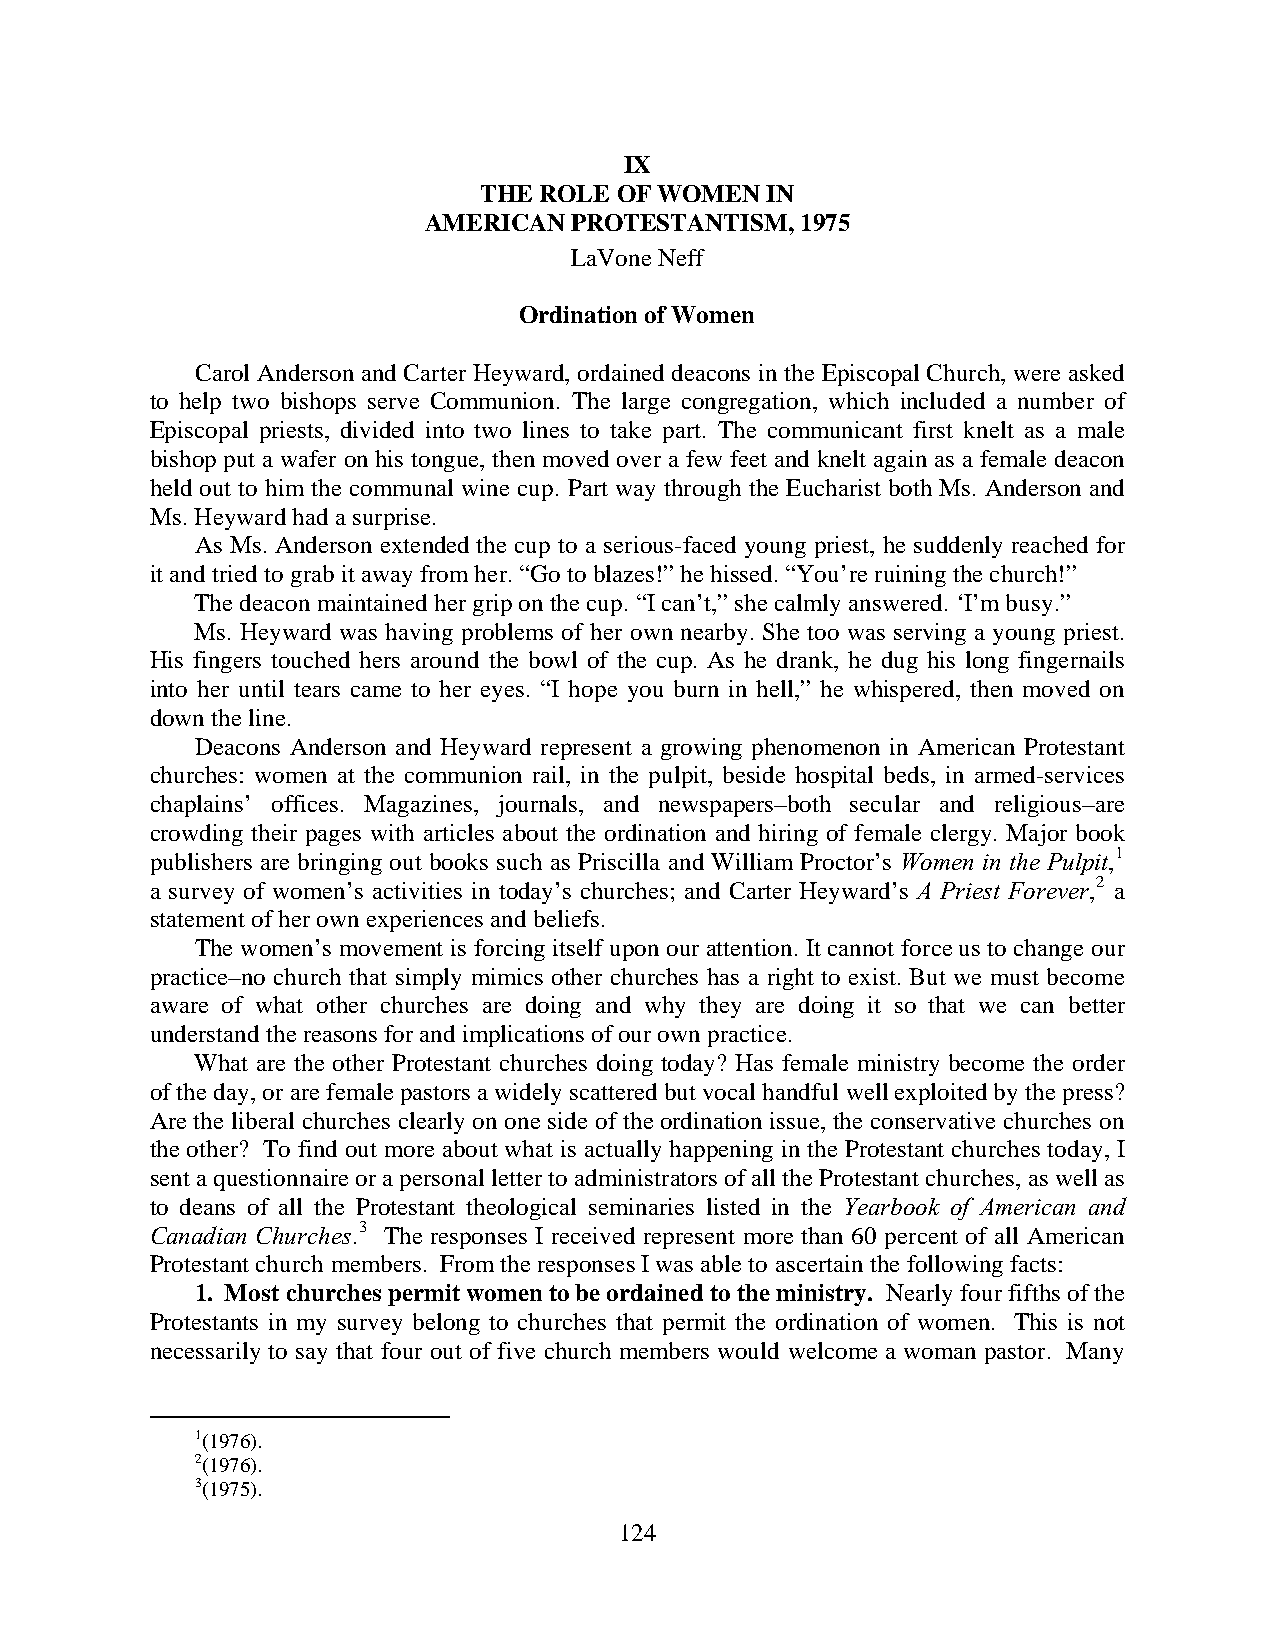
IX
 THE ROLE OF WOMEN  IN
 AMERICAN  PROTESTANTISM, 1975
 LaVone Neff
 Ordination of Women
 Carol Anderson and Carter Heyward, ordained deacons in the Episcopal Church, were asked
 to help two bishops serve Communion. The large congregation, which included a number of
 Episcopal priests, divided into two lines to take part. The communicant first knelt as a male
 bishop put a wafer on his tongue, then moved over a few feet and knelt again as a female deacon
 held out to him the communal wine cup. Part way through the Eucharist both Ms. Anderson and
 Ms. Heyward had a surprise.
 As Ms. Anderson extended the cup to a serious-faced young priest, he suddenly reached for
 it and tried to grab it away from her. “Go to blazes!” he hissed. “You’re ruining the church!”
 The deacon maintained her grip on the cup. “I can’t,” she calmly answered. ‘I’m busy.”
 Ms. Heyward was having problems of her own nearby. She too was serving a young priest.
 His fingers touched hers around the bowl of the cup. As he drank, he dug his long fingernails
 into her until tears came to her eyes. “I hope you burn in hell,” he whispered, then moved on
 down the line.
 Deacons Anderson and Heyward represent a growing phenomenon in American Protestant
 churches: women at the communion rail, in the pulpit, beside hospital beds, in armed-services
 chaplains’ offices. Magazines, journals, and newspapers–both secular and religious–are
 crowding their pages with articles about the ordination and hiring of female clergy. Major book
 publishers are bringing out books such as Priscilla and William Proctor’s Women in the Pulpit,1
 a survey of women’s activities in today’s churches; and Carter Heyward’s A Priest Forever,2 a
 statement of her own experiences and beliefs.
 The women’s movement is forcing itself upon our attention. It cannot force us to change our
 practice–no church that simply mimics other churches has a right to exist. But we must become
 aware of what other churches are doing and why they are doing it so that we can better
 understand the reasons for and implications of our own practice.
 What are the other Protestant churches doing today? Has female ministry become the order
 of the day, or are female pastors a widely scattered but vocal handful well exploited by the press?
 Are the liberal churches clearly on one side of the ordination issue, the conservative churches on
 the other? To find out more about what is actually happening in the Protestant churches today, I
 sent a questionnaire or a personal letter to administrators of all the Protestant churches, as well as
 to deans of all the Protestant theological seminaries listed in the Yearbook of American and
 Canadian Churches.3 The responses I received represent more than 60 percent of all American
 Protestant church members. From the responses I was able to ascertain the following facts:
 1. Most churches permit women to be ordained to the ministry. Nearly four fifths of the
 Protestants in my survey belong to churches that permit the ordination of women. This is not
 necessarily to say that four out of five church members would welcome a woman pastor. Many
 1(1976).
 2(1976).
 3(1975).
 124